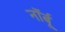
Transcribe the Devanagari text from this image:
नॉर्बू